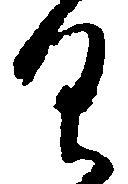
具